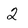
Character: 2